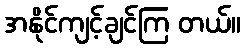
အနိုင်ကျင့်ချင်ကြ တယ်။